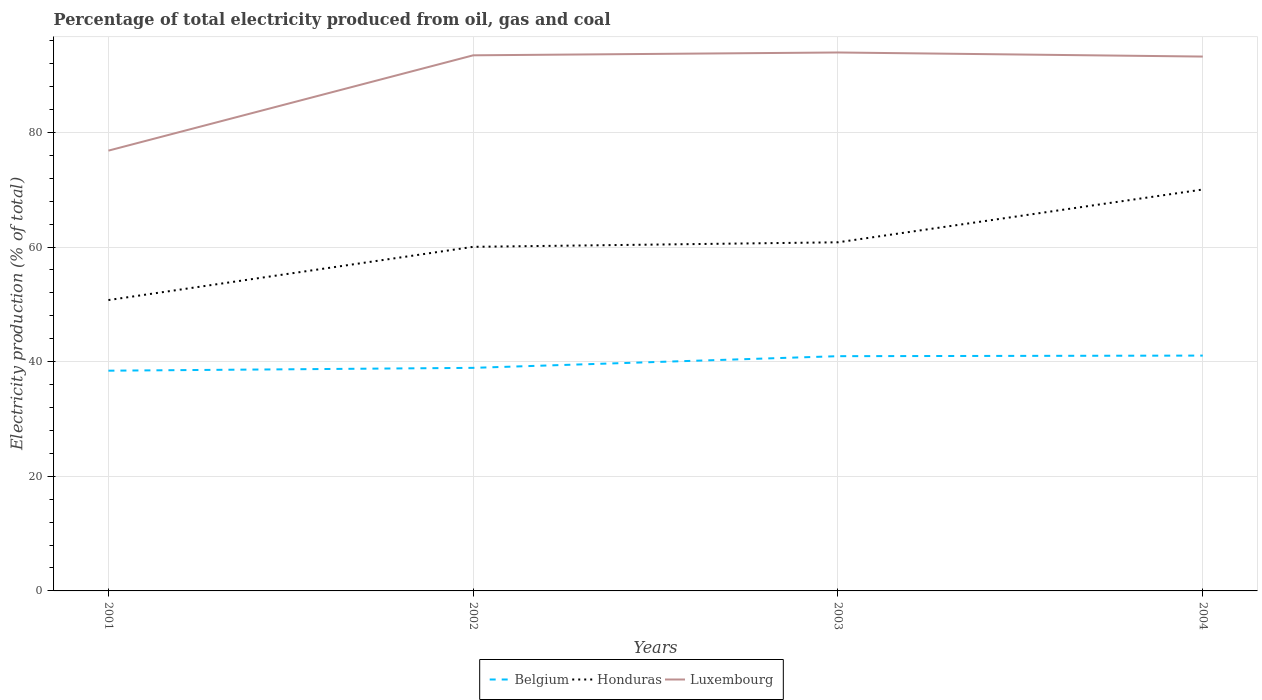
| Years | Belgium | Honduras | Luxembourg |
 | --- | --- | --- | --- |
 | 2001 | 38.4 | 50.7 | 76.8 |
 | 2002 | 38.9 | 60 | 93.4 |
 | 2003 | 41 | 60.8 | 93.9 |
 | 2004 | 41.1 | 70 | 93.2 |